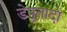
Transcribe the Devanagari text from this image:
डेपुतादो